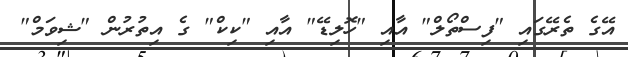
އޭގެ ތެރޭގައި "ފިސްތޯލް" އާއި "ހޮލިޑޭ" އާއި "ކިކް" ގެ އިތުރުން "ޝިވަމް"